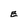
Character: E